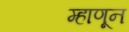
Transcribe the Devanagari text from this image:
म्हाणून